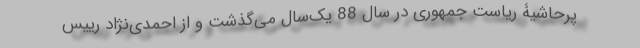
پُرحاشیۀ ریاست جمهوری در سال 88 یک‌سال می‌گذشت و از احمدی‌نژادِ رییس